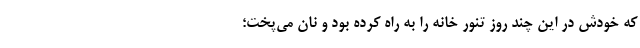
که خودش در این چند روز تنور خانه را به راه کرده بود و نان می‌پخت؛